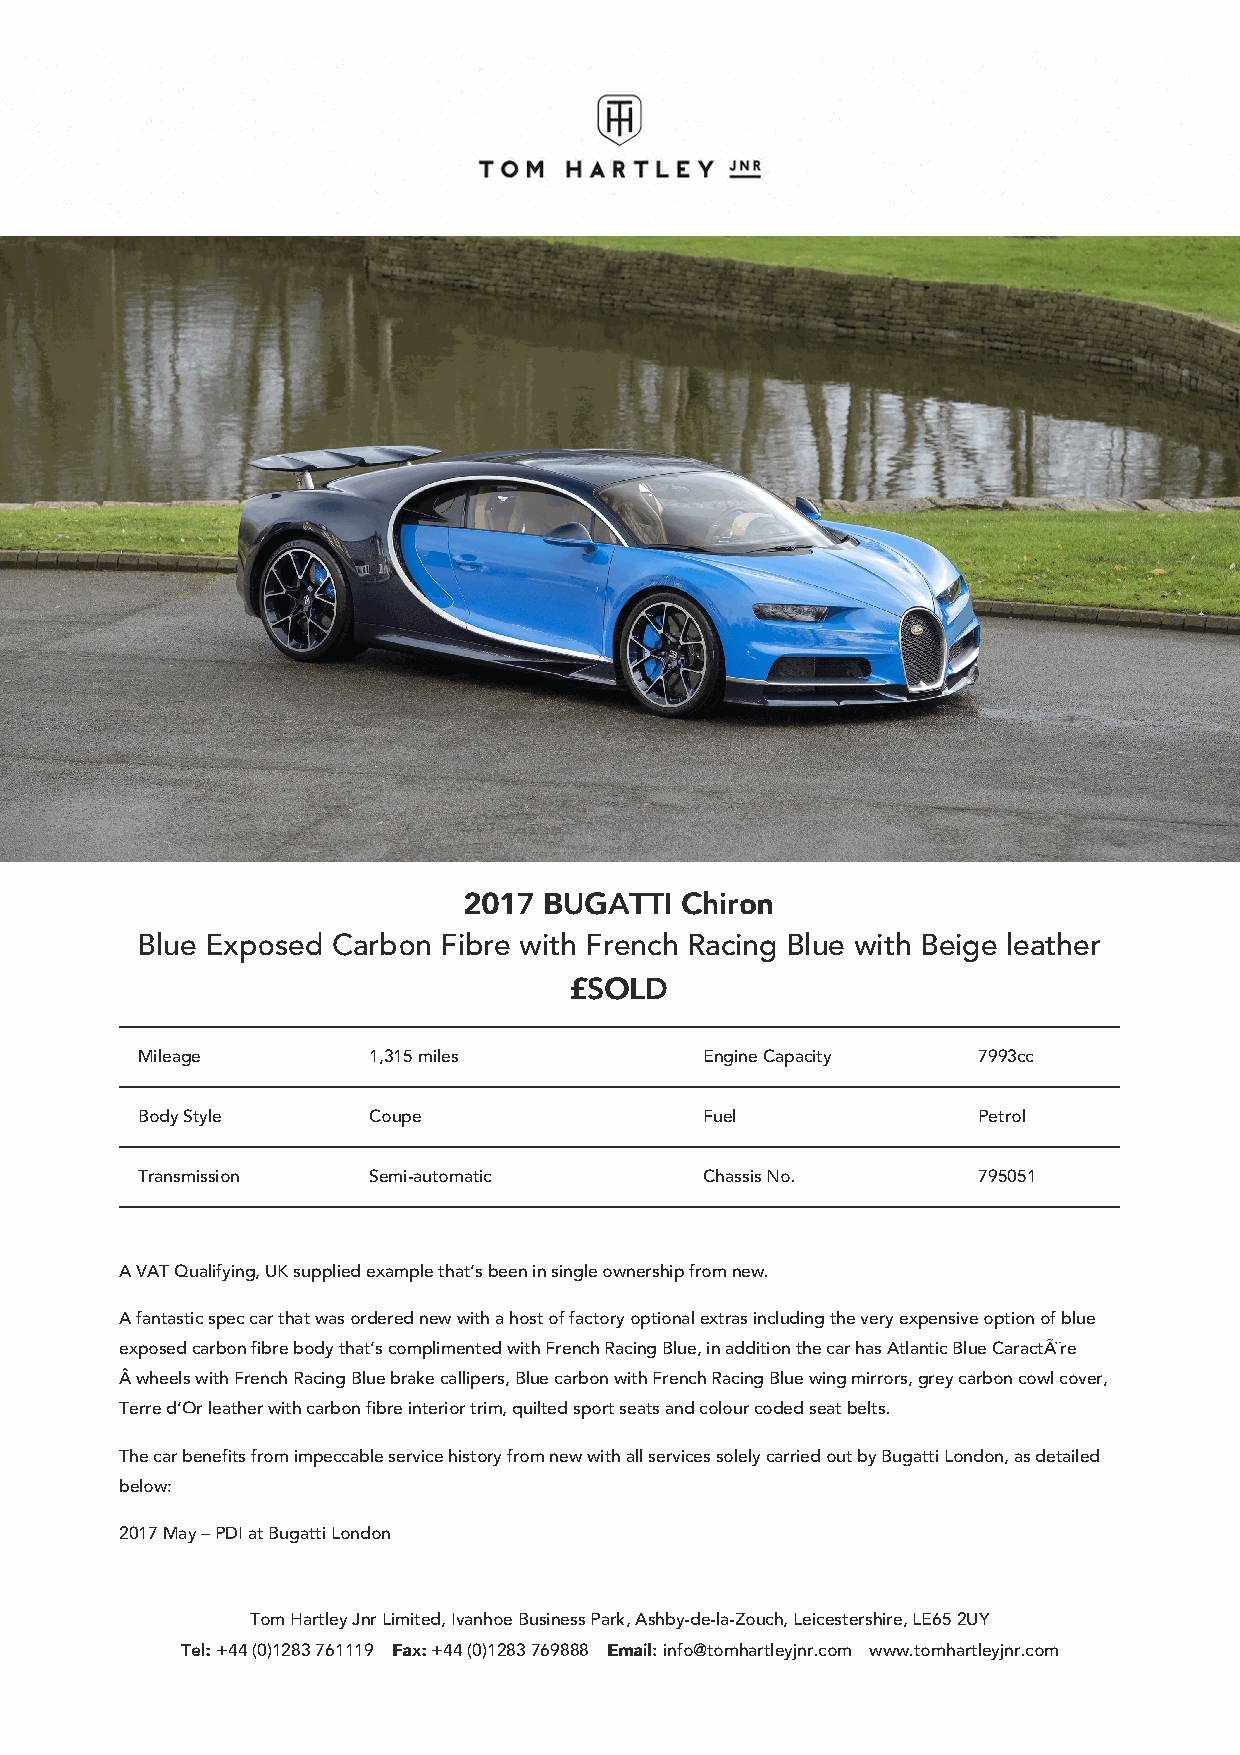
22001177 BBUUGGAATTTTII CChhiirroonn
 Blue Exposed Carbon Fibre with French Racing Blue with Beige leather
 ££SSOOLLDD
 Mileage        1,315 miles            Engine Capacity   7993cc
 Body Style     Coupe                  Fuel              Petrol
 Transmission   Semi-automatic         Chassis No.       795051
 A VAT Qualifying, UK supplied example that’s been in single ownership from new.
 A fantastic spec car that was ordered new with a host of factory optional extras including the very expensive option of blue
 exposed carbon fibre body that’s complimented with French Racing Blue, in addition the car has Atlantic Blue CaractÃ¨re
 Â wheels with French Racing Blue brake callipers, Blue carbon with French Racing Blue wing mirrors, grey carbon cowl cover,
 Terre d’Or leather with carbon fibre interior trim, quilted sport seats and colour coded seat belts.
 The car benefits from impeccable service history from new with all services solely carried out by Bugatti London, as detailed
 below:
 2017 May – PDI at Bugatti London
 Tom Hartley Jnr Limited, Ivanhoe Business Park, Ashby-de-la-Zouch, Leicestershire, LE65 2UY
 TTeell:: +44 (0)1283 761119 FFaaxx:: +44 (0)1283 769888 EEmmaaiill:: info@tomhartleyjnr.com www.tomhartleyjnr.com